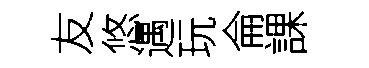
友悠遇玩侖課